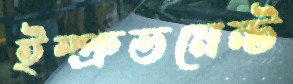
ইম্প্রুভমেন্ট